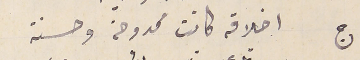
ج اخلاقه كانت ممدوحة وحسنة